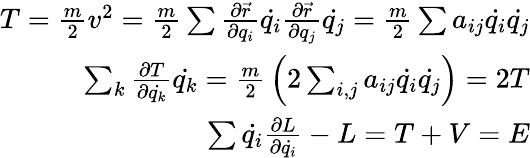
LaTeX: {\begin{array}{r}{T={\frac{m}{2}}v^{2}={\frac{m}{2}}\sum{\frac{\partial{\vec{r}}}{\partial q_{i}}}{\dot{q_{i}}}{\frac{\partial{\vec{r}}}{\partial q_{j}}}{\dot{q_{j}}}={\frac{m}{2}}\sum a_{ij}{\dot{q_{i}}}{\dot{q_{j}}}}\\ {\sum_{k}{\frac{\partial T}{\partial{\dot{q_{k}}}}}{\dot{q_{k}}}={\frac{m}{2}}\left(2\sum_{i,j}a_{ij}{\dot{q_{i}}}{\dot{q_{j}}}\right)=2T}\\ {\sum{\dot{q_{i}}}{\frac{\partial L}{\partial{\dot{q_{i}}}}}-L=T+V=E}\end{array}}